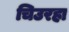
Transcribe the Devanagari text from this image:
चिउरहा